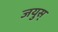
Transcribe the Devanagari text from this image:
जयुस्